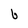
Character: b